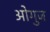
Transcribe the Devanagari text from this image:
ओगुज